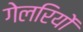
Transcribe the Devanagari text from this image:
गेलरियों